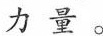
力量。